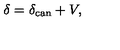
\delta = \delta _ { \mathrm { c a n } } + V ,